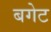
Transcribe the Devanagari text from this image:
बगेट